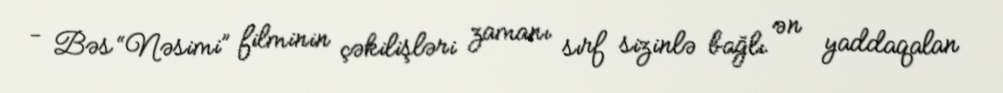
- Bəs “Nəsimi” filminin çəkilişləri zamanı sırf sizinlə bağlı ən yaddaqalan